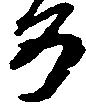
め